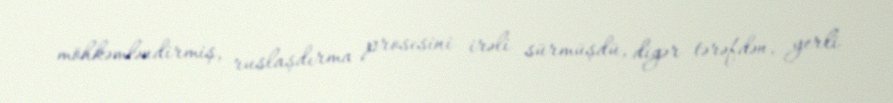
möhkəmləndirmiş, ruslaşdırma prosesini irəli sürmüşdü, digər tərəfdən, yerli